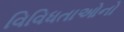
વિવિધતાઓનો